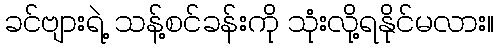
ခင်ဗျားရဲ့ သန့်စင်ခန်းကို သုံးလို့ရနိုင်မလား။